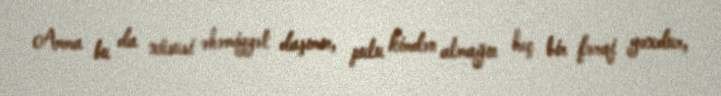
Amma bu da xüsusi əhəmiyyət daşımır, pulu kimdən almağın heç bir fərqi yoxdur,